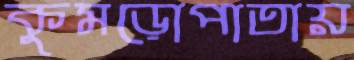
কুমড়োপাতায়